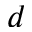
d